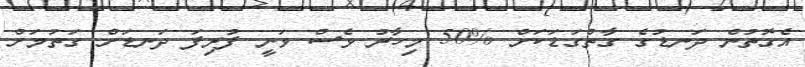
އެގޮތުން ދަނޑުގެ ގާތްގަޑަކަށް %50 މިހާރު ވެސް ވަނީ ފުރިފަ ދަނޑަށް ގަތުމަށް